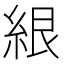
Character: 𰫤